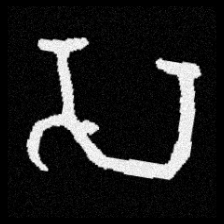
Pyu character \u2014 Myanmar letter: သ (romanized: sa)